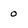
Character: 0